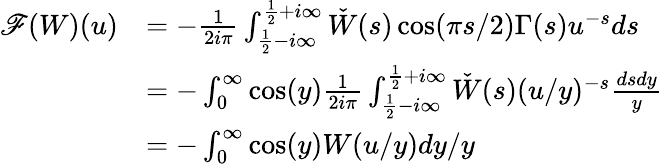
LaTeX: \begin{array}{rl}{\mathscr{F}(W)(u)}&{=-\frac{1}{2i\pi}\int_{\frac 12-i\infty}^{\frac 12+i\infty}\check{W}(s)\cos(\pi s/2)\Gamma(s)u^{-s}ds}\\ &{=-\int_{0}^{\infty}\cos(y)\frac{1}{2i\pi}\int_{\frac 12-i\infty}^{\frac 12+i\infty}\check{W}(s)(u/y)^{-s}\frac{dsdy}{y}}\\ &{=-\int_{0}^{\infty}\cos(y)W(u/y)dy/y}\end{array}